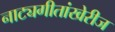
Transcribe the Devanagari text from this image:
नाट्यगीतांखेरीज